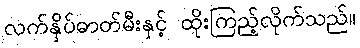
လက်နှိပ်ဓာတ်မီးနှင့် ထိုးကြည့်လိုက်သည်။